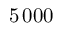
5 \, 0 0 0